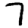
Digit: 7